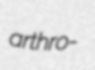
arthro-